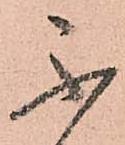
不